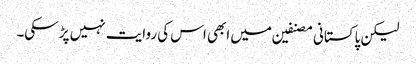
لیکن پاکستانی مصنفین میں ابھی اس کی روایت نہیں پڑ سکی۔